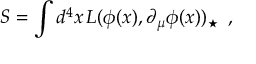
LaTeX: S = \int d ^ { 4 } x \, { \cal L } ( \phi ( x ) , \partial _ { \mu } \phi ( x ) ) _ { \star } \, \, \, ,